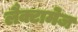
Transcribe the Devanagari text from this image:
लैक्टामेज